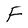
Character: F